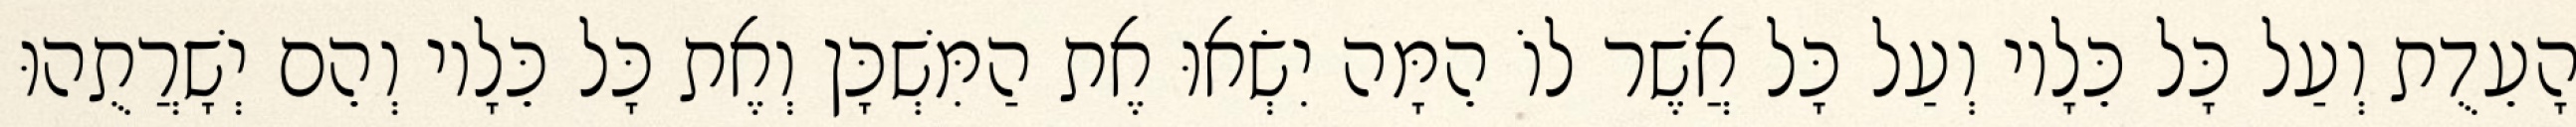
הָעֵדֻת וְעַל כָּל כֵּלָיו וְעַל כָּל אֲשֶׁר לוֹ הֵמָּה יִשְׂאוּ אֶת הַמִּשְׁכָּן וְאֶת כָּל כֵּלָיו וְהֵם יְשָׁרֲתֻהוּ